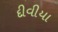
દીવીયા